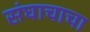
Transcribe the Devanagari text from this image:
संघाचाचा